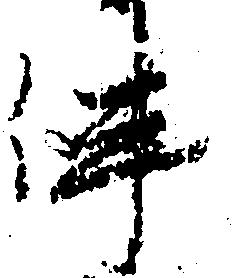
伴